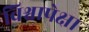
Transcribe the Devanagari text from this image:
विश्वापेक्षा